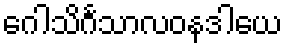
ဂေါသိင်္ဂသာလဝနဒါယေ